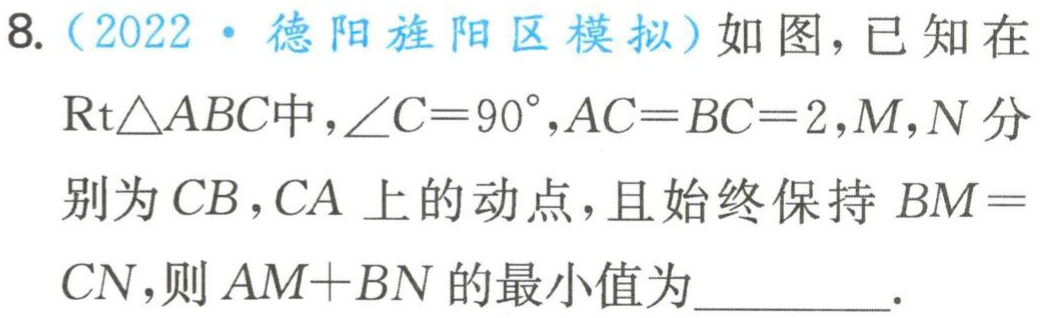
8.（2022·德阳旌阳区模拟）如图，已知在$\mathrm{R}\mathrm{t}\triangle ABC$中，$\angle C = 90^{\circ},AC = BC = 2,M,N$分别为$CB,CA$上的动点，且始终保持$BM = CN$，则$AM + BN$的最小值为_________.